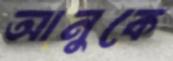
আনুকে